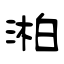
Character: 湐